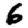
Digit: 6